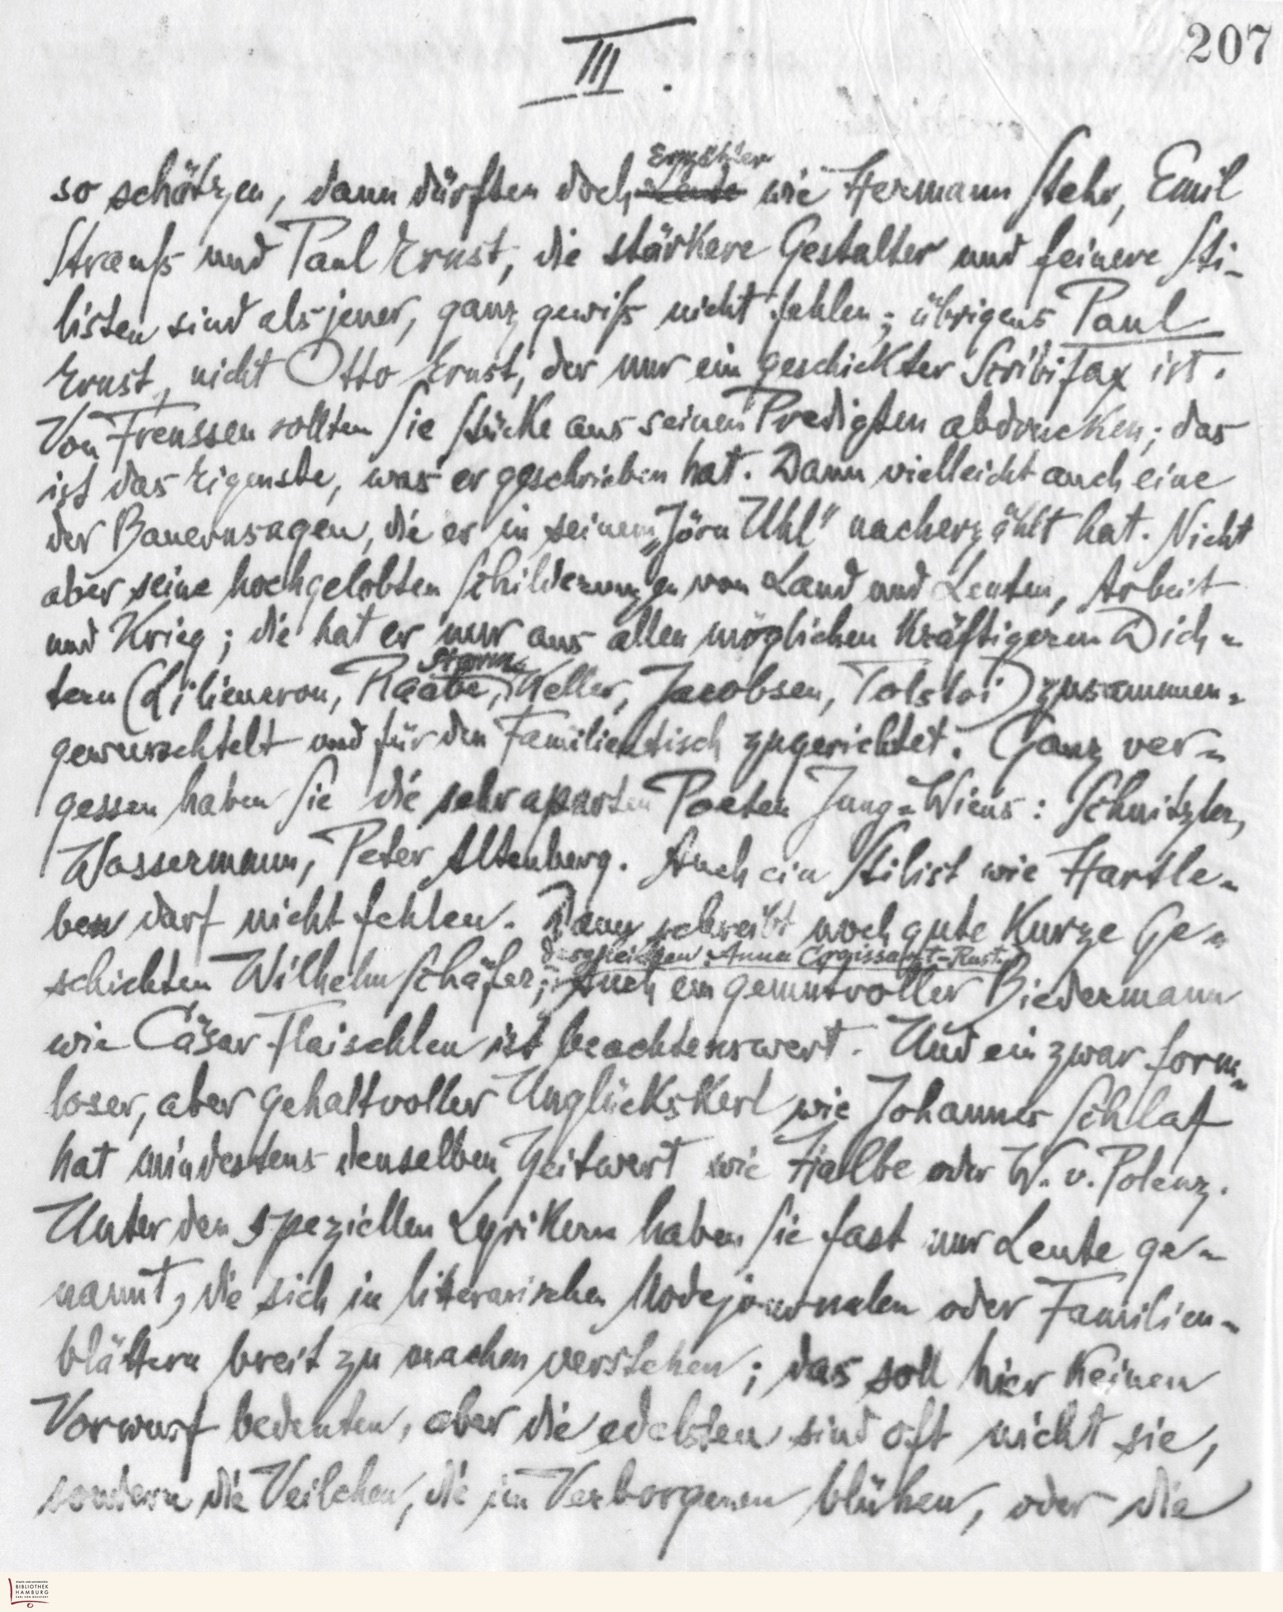
III.
Erzähler
so schätzen, dann dürfen doch Leute wie Hermann Stehr, Emil
Strauß und Paul Ernst, die stärkere Gestalter und feinere Sti-
listen sind als jener, ganz gewiß nicht fehlen; übrigens Paul
Ernst, nicht Otto Ernst, der nur ein geschickter Scribifax ist.
Von Frenssen sollten Sie Stücke aus seinen Predigten abdrucken; das
ist das Eigenste, was er geschrieben hat. Dann vielleicht auch eine
der Bauernsagen, die er in seinem „Jörn Uhl" nacherzählt hat. Nicht
aber seine hochgelobten Schilderungen von Land und Leuten, Arbeit
und Krieg; die hat er nur aus allen möglichen kräftigeren Dich-
Storm
tern (Liliencron, Raabe, Keller, Jacobsen, Tolstoi) zusammen-
gewurschtelt und für den Familientisch zugerichtet. Ganz ver-
gessen haben Sie die sehr aparten Poeten Jung-Wiens: Schnitzler,
Wassermann, Peter Altenberg. Auch ein Stilist wie Hartle-
ben darf nicht fehlen. Dann schreibt noch gute kurze Ge-
desgleichen Anna Croissant-Rust
schichten Wilhelm Schäfer; Auch ein gemutvoller Biedermann
wie Cäsar Flaischlen ist beachtenswert. Und ein zwar form-
loser, aber gehaltvoller Unglückskerl wie Johannes Schlaf
hat mindestens denselben Zeitwert wie Halbe oder W. v. Polenz.
Unter den speziellen Lyrikern haben Sie fast nur Leute ge-
nannt, die sich in literarischen Modejournalen oder Familien-
blättern breit zu machen verstehen; das soll hier keinen
Vorwurf bedeuten, aber die edelsten sind oft nicht sie,
sondern die Veilchen, die im Verborgenen blühen, oder die